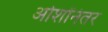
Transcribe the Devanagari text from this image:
ओशोंनंतर